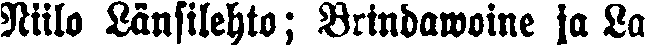
Niilo Länsilehto ; Brindawoine ja La